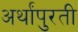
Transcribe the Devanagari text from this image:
अर्थांपुरती